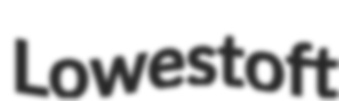
Lowestoft